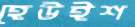
হেউইশ